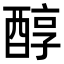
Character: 醇